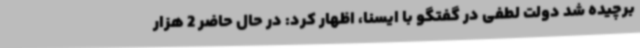
برچیده شد دولت لطفی در گفتگو با ایسنا، اظهار کرد: در حال حاضر 2 هزار